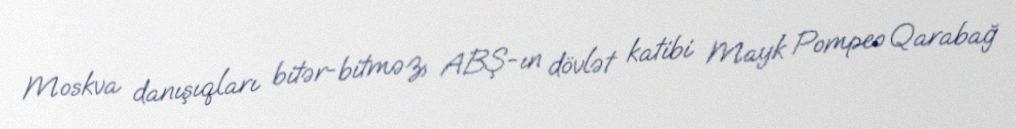
Moskva danışıqları bitər-bitməz, ABŞ-ın dövlət katibi Mayk Pompeo Qarabağ